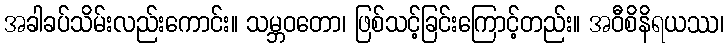
အခါခပ်သိမ်းလည်းကောင်း။ သမ္ဘဝတော၊ ဖြစ်သင့်ခြင်းကြောင့်တည်း။ အဝီစိနိရယဿ၊